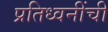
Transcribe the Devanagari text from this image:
प्रतिध्वनींची